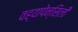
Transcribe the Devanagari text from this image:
वह्यापेन्सिली